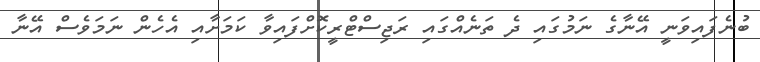
ބުނެފައިވަނީ އޭނާގެ ނަމުގައި ދެ ތަނެއްގައި ރަޖިސްޓްރީކޮށްފައިވާ ކަމަށާއި އެހެން ނަމަވެސް އޭނާ